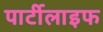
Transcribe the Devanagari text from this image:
पार्टीलाइफ